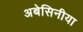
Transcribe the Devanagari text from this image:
अबेसिनीया